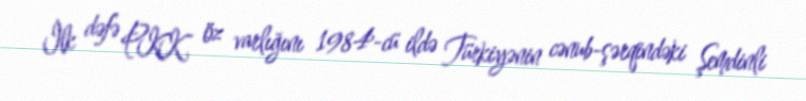
İlk dəfə PKK öz varlığını 1984-cü ildə Türkiyənin cənub-şərqindəki Şemdinli